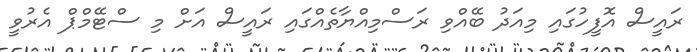
ރައީސް އޮފީހުގައި މިއަދު ބޭއްވި ރަސްމިއްޔާތެއްގައި ރައީސް އަށް މި ސްޓޭމްޕް އެރުވީ